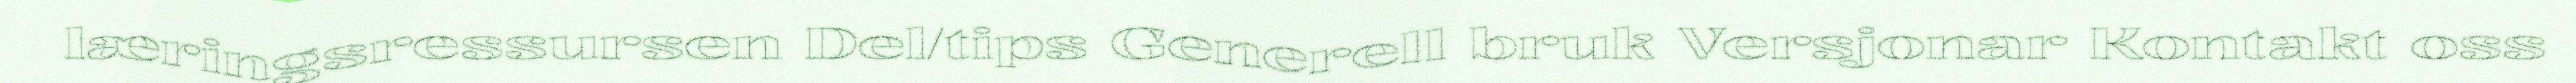
læringsressursen Del/tips Generell bruk Versjonar Kontakt oss